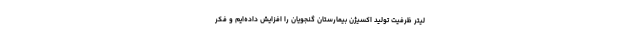
لیتر ظرفیت تولید اکسیژن بیمارستان گنجویان را افزایش داده‌ایم و فکر